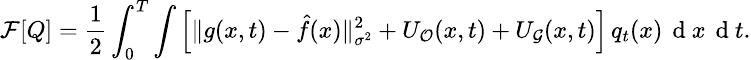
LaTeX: \small\mathcal{F}[Q]=\frac{1}{2}\int_{0}^{T}\int\Big[\| g(x,t)-\hat{f}(x)\| _{\sigma^{2}}^{2}+{U_{\mathcal{O}}(x,t)}+{U_{\mathcal{G}}(x,t)}\Big]\, q_{t}(x)\, \mathrm{~d~}x\, \mathrm{~d~}t.